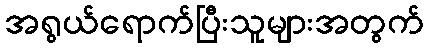
အရွယ်ရောက်ပြီးသူများအတွက်